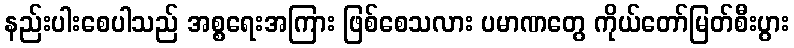
နည်းပါးစေပါသည် အစ္စရေးအကြား ဖြစ်စေသလား ပမာဏတွေ ကိုယ်တော်မြတ်စီးပွား